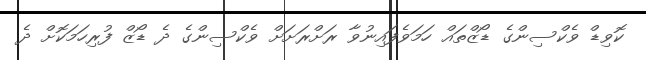
ކޮވިޑް ވެކްސިންގެ ޑޯޒްތައް ހަމަވެފައިނުވާ ރަށްްރަށަށް ވެކްސިންގެ ދެ ޑޯޒް ފުރިހަމަކޮށް ދެ